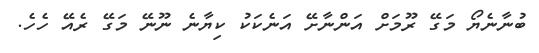
ބުނާނެޔޯ މަގޭ ރޫމަށް އަންނާށޭ އަނެކަކު ކިޔާނެ ނޫނޭ މަގޭ ރެއޭ ހެހެ.